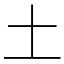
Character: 土